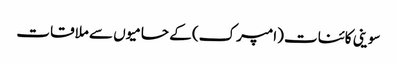
سوینی کائنات (امپرک) کے حامیوں سے ملاقات